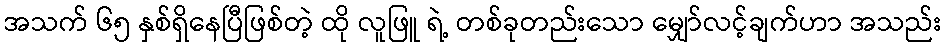
အသက် ၆၅ နှစ်ရှိနေပြီဖြစ်တဲ့ ထို လူဖြူ ရဲ့ တစ်ခုတည်းသော မျှော်လင့်ချက်ဟာ အသည်း